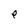
Character: e